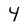
Character: 4